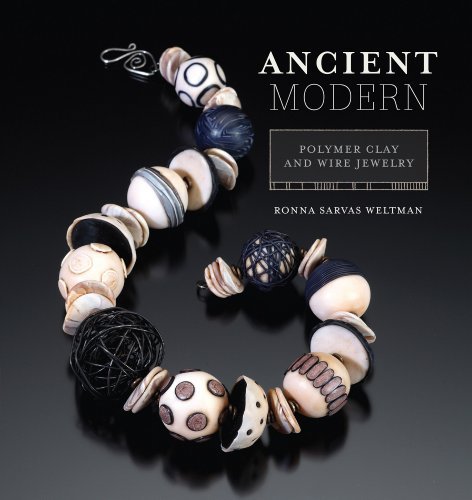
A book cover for Ancient Modern Polymer Clay And Wire Jewelry by Weltman, Ronna [Interweave Press,2009] (Paperback); Crafts, Hobbies & Home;